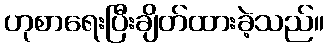
ဟုစာရေးပြီးချိတ်ထားခဲ့သည်။